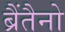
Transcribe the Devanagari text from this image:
ब्रैंतैनो